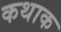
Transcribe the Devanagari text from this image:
कथाक